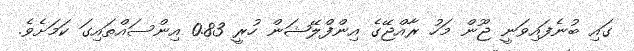
ގައި ބުނެފައިވަނީ ޖޫން މަހު ރާއްޖޭގެ އިންފްލޭޝަން ހުރީ 0.83 އިންސައްތައިގަ ކަމަށެވެ.